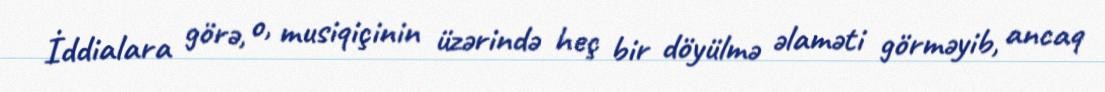
İddialara görə, o, musiqiçinin üzərində heç bir döyülmə əlaməti görməyib, ancaq